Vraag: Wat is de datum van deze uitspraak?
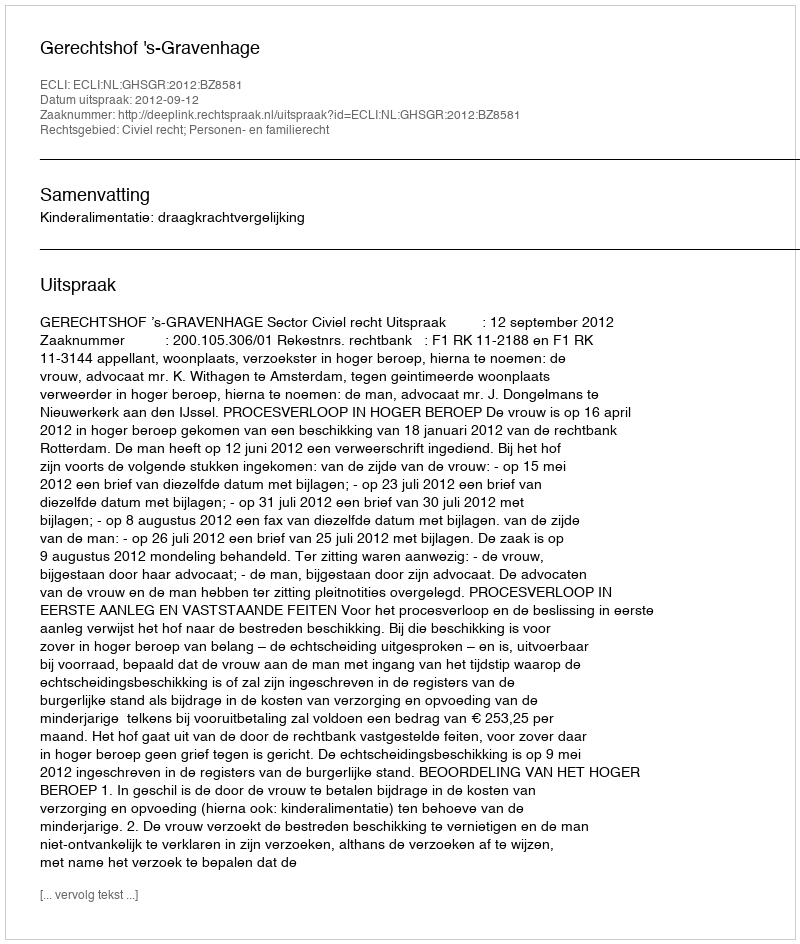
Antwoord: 2012-09-12